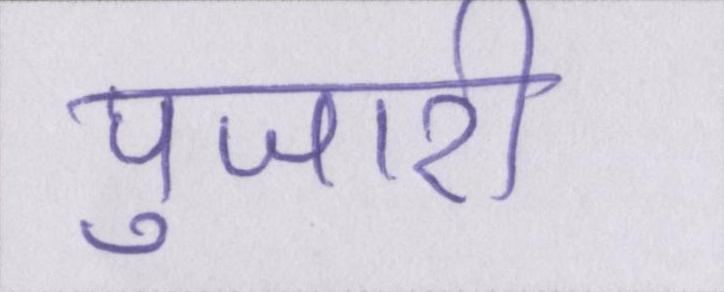
पुजारी